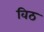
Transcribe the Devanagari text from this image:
विठ